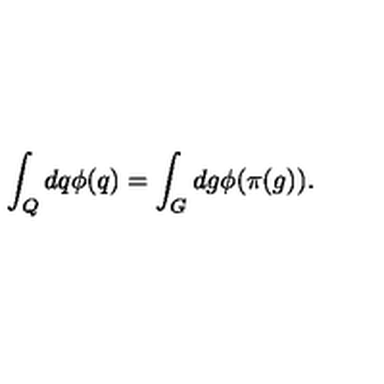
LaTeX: \int _ { Q } d q \phi ( q ) = \int _ { G } d g \phi ( \pi ( g ) ) .